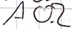
Text: A0.2